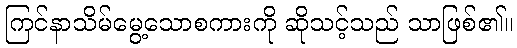
ကြင်နာသိမ်မွေ့သောစကားကို ဆိုသင့်သည် သာဖြစ်၏။